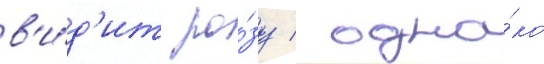
в'и́д'ит ро́зу / одна́ко